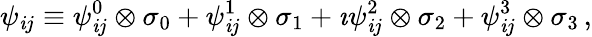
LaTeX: \psi_{\mathit{i}j}\equiv\psi_{\mathit{i}j}^{0}\otimes\sigma_{0}+\psi_{\mathit{i}j}^{1}\otimes\sigma_{1}+\imath\psi_{\mathit{i}j}^{2}\otimes\sigma_{2}+\psi_{\mathit{i}j}^{3}\otimes\sigma_{3}\, ,